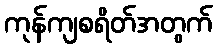
ကုန်ကျစရိတ်အတွက်